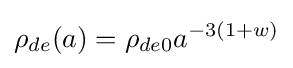
\rho _{de}(a)=\rho _{de0}a^{-3(1+w)}